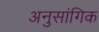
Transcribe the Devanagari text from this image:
अनुसांगिक